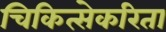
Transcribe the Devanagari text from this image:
चिकित्सेकरिता